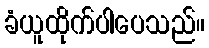
ခံယူထိုက်ပါပေသည်။